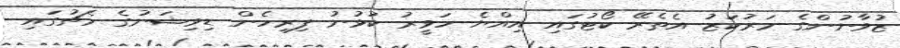
ޒުވާނުންގެ މަރުކަޒު އެތެރޭ ކޯޓުގައި އިއްޔެ ހަވީރު ކުޅުނު ފިރިހެން ޑިވިޝަނުގެ މެޗުގައި